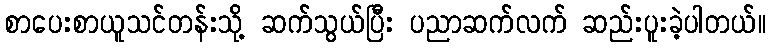
စာပေးစာယူသင်တန်းသို့ ဆက်သွယ်ပြီး ပညာဆက်လက် ဆည်းပူးခဲ့ပါတယ်။